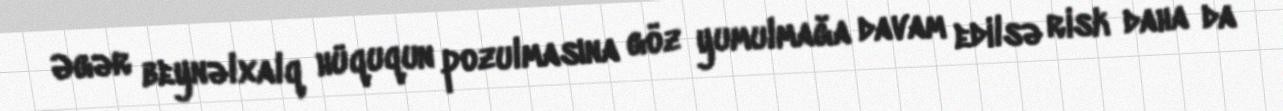
Əgər beynəlxalq hüququn pozulmasına göz yumulmağa davam edilsə risk daha da